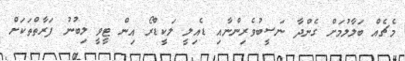
މެޗެއް ބަލާލުމަށް ގެންދާ ނަސީބުވެރިންނާއި ޑެއިލީ ލަކީޑްރޯ އިން ޓީވީ ލިބުނު ފަރާތްތަކަށް